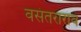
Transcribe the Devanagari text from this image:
वसंतराराव